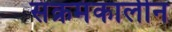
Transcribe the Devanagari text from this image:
संक्रमंकालीन